Annual report on the Civil Veterinary Department, Burma (including the Insein Veterinary School) - 1923-1931
Year: 1923
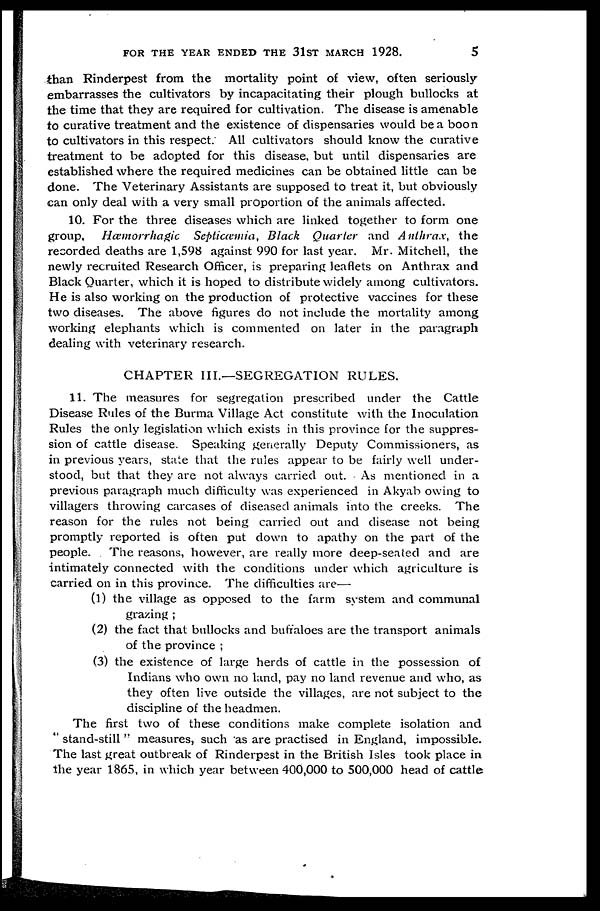
FOR THE YEAR ENDED THE 31ST MARCH 1928.
5
than Rinderpest from the mortality point of view, often seriously
embarrasses the cultivators by incapacitating their plough bullocks at
the time that they are required for cultivation. The disease is amenable
to curative treatment and the existence of dispensaries would be a boon
to cultivators in this respect. All cultivators should know the curative
treatment to be adopted for this disease, but until dispensaries are
established where the required medicines can be obtained little can be
done. The Veterinary Assistants are supposed to treat it, but obviously
can only deal with a very small proportion of the animals affected.
10. For the three diseases which are linked together to form one
group. Hæmorrhagic Septicæmia, Black Quarter and Anthrax, the
recorded deaths are 1,598 against 990 for last year. Mr. Mitchell, the
newly recruited Research Officer, is preparing leaflets on Anthrax and
Black Quarter, which it is hoped to distribute widely among cultivators.
He is also working on the production of protective vaccines for these
two diseases. The above figures do not include the mortality among
working elephants which is commented on later in the paragraph
dealing with veterinary research.
CHAPTER III.—SEGREGATION RULES.
11. The measures for segregation prescribed under the Cattle
Disease Rules of the Burma Village Act constitute with the Inoculation
Rules the only legislation which exists in this province for the suppres-
sion of cattle disease. Speaking generally Deputy Commissioners, as
in previous years, state that the rules appear to be fairly well under-
stood, but that they are not always carried out. As mentioned in a
previous paragraph much difficulty was experienced in Akyab owing to
villagers throwing carcases of diseased animals into the creeks. The
reason for the rules not being carried out and disease not being
promptly reported is often put down to apathy on the part of the
people. The reasons, however, are really more deep-seated and are
intimately connected with the conditions under which agriculture is
carried on in this province. The difficulties are—
(1) the village as opposed to the farm system and communal
grazing ;
(2) the fact that bullocks and buffaloes are the transport animals
of the province ;
(3) the existence of large herds of cattle in the possession of
Indians who own no land, pay no land revenue and who, as
they often live outside the villages, are not subject to the
discipline of the headmen.
The first two of these conditions make complete isolation and
" stand-still " measures, such as are practised in England, impossible.
The last great outbreak of Rinderpest in the British Isles took place in
the year 1865, in which year between 400,000 to 500,000 head of cattle